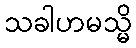
သခါဟမသ္မိ